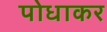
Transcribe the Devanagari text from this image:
पोधाकर